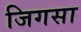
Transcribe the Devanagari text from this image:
जिगसा